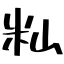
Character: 籼